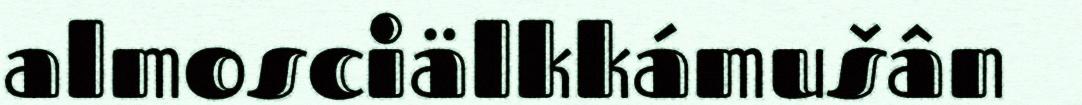
almosciälkkámušân